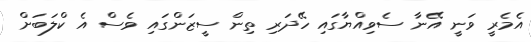
އެމެރީ ވަނީ އޭނާ ސެވިއްޔާގައި ހޭދަރި ތިން ސީޒަންގައި ވެސް އެ ކްލަބަށް